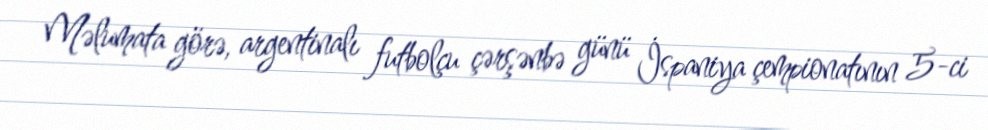
Məlumata görə, argentinalı futbolçu çərşənbə günü İspaniya çempionatının 5-ci